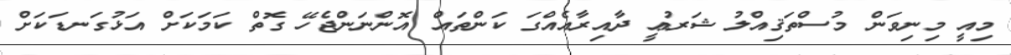
މިއީ މިނިވަން މުސްތަޤިއްލު ޝަރުޢީ ދާއިރާއެއްގަ ކަންތައް އޮންނަންޖެހޭ ގޮތް ކަމަކަށް އަޅުގަނޑަކަށް